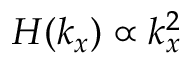
H ( k _ { x } ) \propto k _ { x } ^ { 2 }